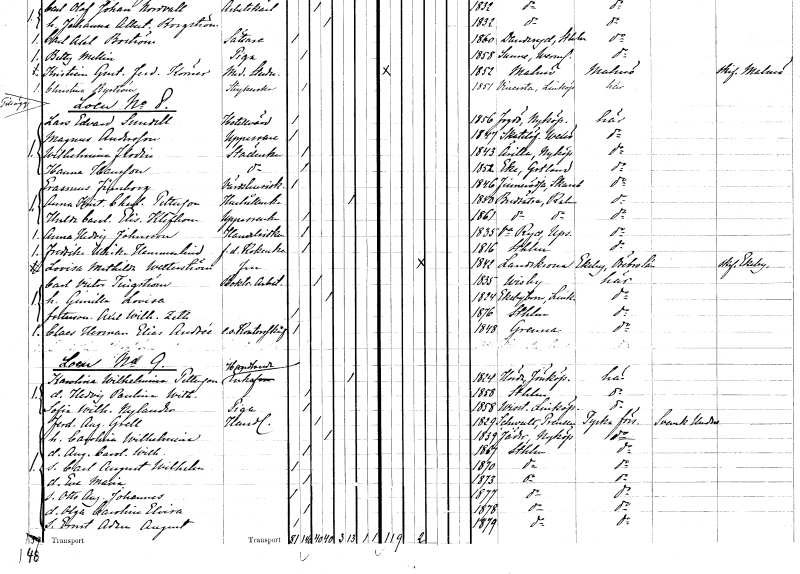
gt_parse: households: individuals: FN: Lars Edvard
EN: Sundell
YRKE: Hotellvärd
KON: M
CIV: O
FODAR: 1856
FODFORS: Fogdö Södermanlands län
FN: Magnus
EN: Andersson
YRKE: Uppassare
KON: M
CIV: O
FODAR: 1847
FODFORS: Skatelöv Kronobergs län
FN: Wilhelmina
EN: Flodin
YRKE: Städerska
KON: K
CIV: O
FODAR: 1843
FODFORS: Ärla Södermanlands län
FN: Hanna
EN: Hansson
YRKE: Städerska
KON: K
CIV: O
FODAR: 1852
FODFORS: Eke Gotlands län
FN: Erasmus
EN: Finnborg
YRKE: Värdshusidkare
KON: M
CIV: O
FODAR: 1846
FODFORS: Finnerödja Örebro län
FN: Anna Kristina Charlotta
EN: Petterson
YRKE: Hushållerska
KON: K
CIV: E
FODAR: 1850
FODFORS: Bredsätra Kalmar län
FN: Hulda Carolina Elisabeth
EN: Klefbom
YRKE: Uppasserska
KON: K
CIV: O
FODAR: 1861
FODFORS: Bredsätra Kalmar län
FN: Anna Hedvig
EN: Johansson
YRKE: Handelsidkerska
KON: K
CIV: O
FODAR: 1835
FODFORS: Västra Ryd Stockholms län
FN: Fredrika Ulrika
EN: Hammarlind
YRKE: Kokerska f.d.
KON: K
CIV: O
FODAR: 1816
FODFORS: Stockholm
FN: Lovisa Mathilda
EN: Wetterström
KON: K
CIV: G
FODAR: 1842
FODFORS: Landskrona Malmöhus län
FN: Carl Victor
EN: Tingström
YRKE: Boktryckeriarbetare
KON: M
CIV: G
FODAR: 1835
FODFORS: Visby Gotlands län
FN: Gunilla Lovisa
KON: K
CIV: G
FODAR: 1824
FODFORS: Ekebyborna Östergötlands län
FN: Axel Wilhelm
EN: Zeth
KON: M
CIV: O
FODAR: 1876
FODFORS: Stockholm
FN: Claes Herman Elias
EN: Andrée
YRKE: Kontorsskrivare e.o.
KON: M
CIV: O
FODAR: 1848
FODFORS: Gränna Jönköpings län
FN: Karolina Wilhelmina
EN: Petterson
YRKE: Handlandeänka
KON: K
CIV: E
FODAR: 1824
FODFORS: Höreda Jönköpings län
FN: Hedvig Paulina Wilhelmina
KON: K
CIV: O
FODAR: 1858
FODFORS: Stockholm
FN: Sofia Wilhelmina
EN: Nylander
YRKE: Piga
KON: K
CIV: O
FODAR: 1858
FODFORS: Vist Östergötlands län
FN: Ferdinand August
EN: Grell
YRKE: Handlande
KON: M
CIV: G
FODAR: 1829
FN: Carolina Wilhelmina
KON: K
CIV: G
FODAR: 1839
FODFORS: Jäder Södermanlands län
FN: Augusta Carolina Wilhelmina
KON: K
CIV: O
FODAR: 1867
FODFORS: Stockholm
FN: Carl August Wilhelm
KON: M
CIV: O
FODAR: 1870
FODFORS: Stockholm
FN: Eva Maria
KON: K
CIV: O
FODAR: 1873
FODFORS: Stockholm
FN: Otto August Johannes
KON: M
CIV: O
FODAR: 1877
FODFORS: Stockholm
FN: Olga Carolina Elvira
KON: K
CIV: O
FODAR: 1878
FODFORS: Stockholm
FN: Ernst Adam August
KON: M
CIV: O
FODAR: 1879
FODFORS: Stockholm